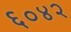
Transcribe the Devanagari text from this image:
६०४२